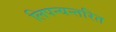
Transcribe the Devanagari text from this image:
लिपन्यन्तरित